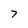
Character: 7